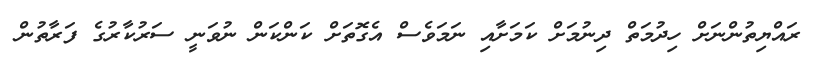
ރައްޔިތުންނަށް ހިދުމަތް ދިނުމަށް ކަމަށާއި ނަމަވެސް އެގޮތަށް ކަންކަން ނުވަނީ ސަރުކާރުގެ ފަރާތުން